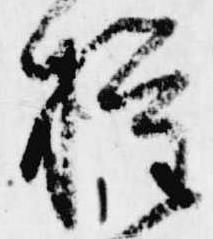
権